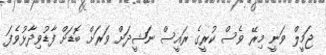
ޖަމީލް ވަނީ މިރޭ ވެސް ކުރީގެ ރައީސް ނަޝީދަށް ވަރަށް ބޮޑަށް ފާޑުވިދާޅުވެފަ